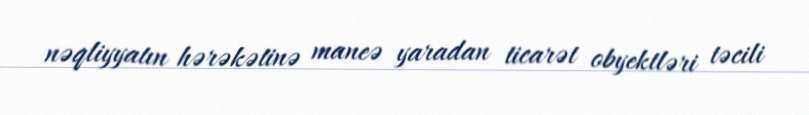
nəqliyyatın hərəkətinə maneə yaradan ticarət obyektləri təcili